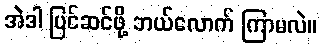
အဲဒါ ပြင်ဆင်ဖို့ ဘယ်လောက် ကြာမလဲ။